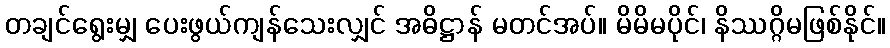
တချင်ရွေးမျှ ပေးဖွယ်ကျန်သေးလျှင် အဓိဋ္ဌာန် မတင်အပ်။ မိမိမပိုင်၊ နိဿဂ္ဂိမဖြစ်နိုင်။